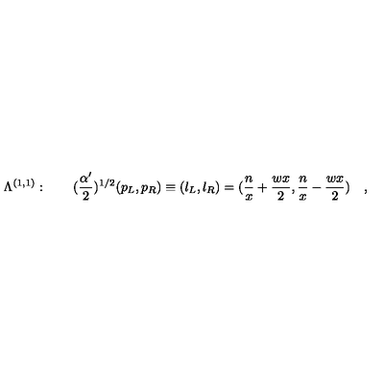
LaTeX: \Lambda ^ { ( 1 , 1 ) } : \quad \quad ( { \frac { \alpha ^ { \prime } } { 2 } } ) ^ { 1 / 2 } ( p _ { L } , p _ { R } ) \equiv ( l _ { L } , l _ { R } ) = ( { \frac { n } { x } } + { \frac { w x } { 2 } } , { \frac { n } { x } } - { \frac { w x } { 2 } } ) \quad ,